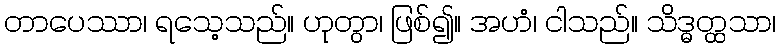
တာပေဿာ၊ ရသေ့သည်။ ဟုတွာ၊ ဖြစ်၍။ အဟံ၊ ငါသည်။ သိဒ္ဓတ္ထသာ၊